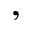
,